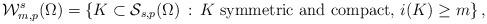
LaTeX: \begin{align*}\mathcal W^{s}_{m,p}(\Omega)=\left\{K\subset\mathcal{S}_{s,p}(\Omega)\,:\, K \mbox{ symmetric and compact},\, i(K)\ge m\right\},\end{align*}